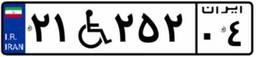
۲۱W۲۵۲۰۴